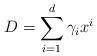
LaTeX: \begin{align*}D = \sum_{i = 1}^{d} \gamma_{i}x^{i}\end{align*}